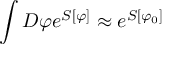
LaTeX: \int D \varphi e ^ { S [ \varphi ] } \approx e ^ { S [ \varphi _ { 0 } ] }